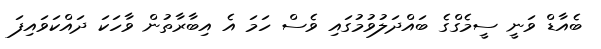
ބެއާޑް ވަނީ ސީމެގްގެ ބައްދަލުވުމުގައި ވެސް ހަމަ އެ އިބާރާތުން ވާހަކަ ދައްކަވައިފަ